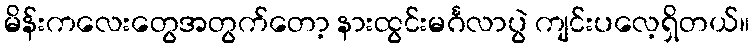
မိန်းကလေးတွေအတွက်တော့ နားထွင်းမင်္ဂလာပွဲ ကျင်းပလေ့ရှိတယ်။